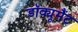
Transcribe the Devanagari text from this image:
डॉक्यूमैंट